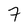
Character: 7